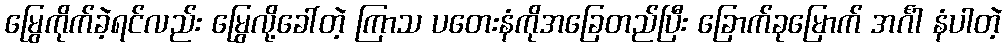
မြွေကိုက်ခဲ့ရင်လည်း မြွေလို့ခေါ်တဲ့ ကြာသ ပတေးနံကိုအခြေတည်ပြီး ခြောက်ခုမြောက် အင်္ဂါ နံပါတဲ့